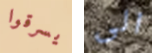
يسرقوا الى